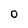
Character: O